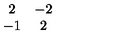
\begin{array} { c c } { 2 } & { - 2 } \\ { - 1 } & { 2 } \\ \end{array}